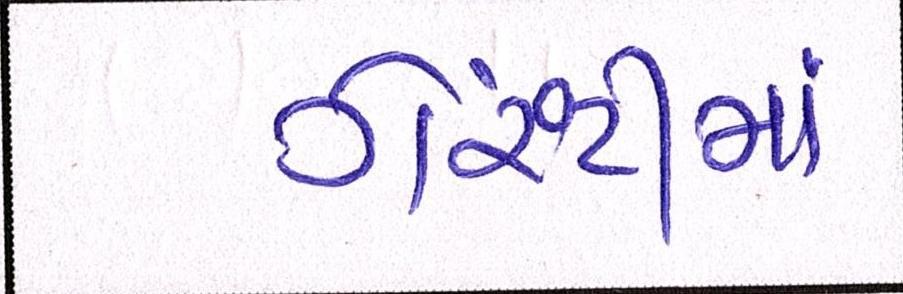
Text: ગેરંટીમાં